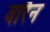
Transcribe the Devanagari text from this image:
वारैन